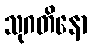
သုဂတိနော